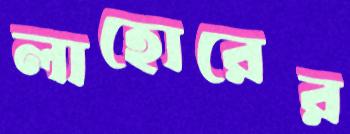
লাহোরের